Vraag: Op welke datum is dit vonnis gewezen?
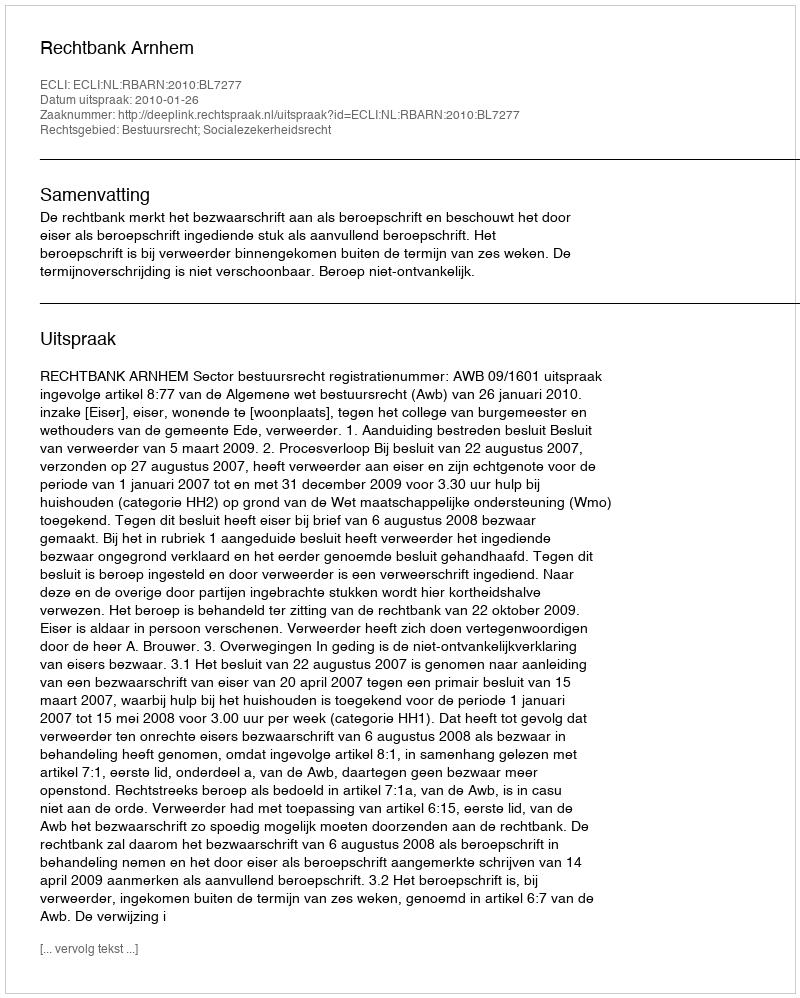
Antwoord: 2010-01-26